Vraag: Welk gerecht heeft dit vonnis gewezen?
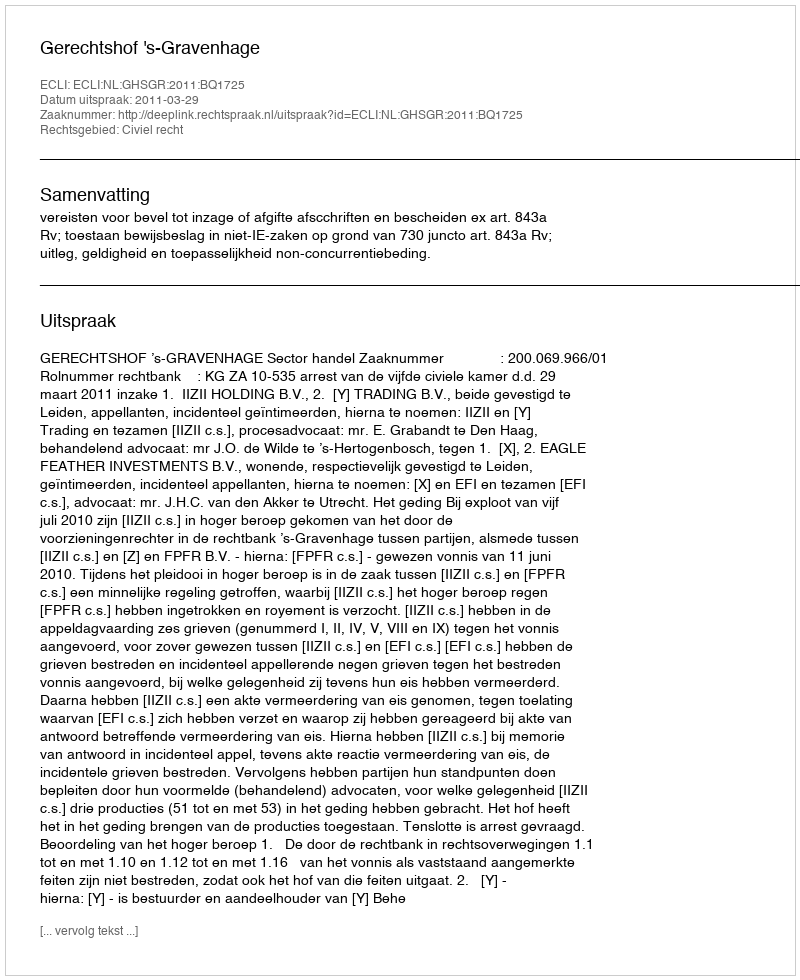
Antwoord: Gerechtshof 's-Gravenhage